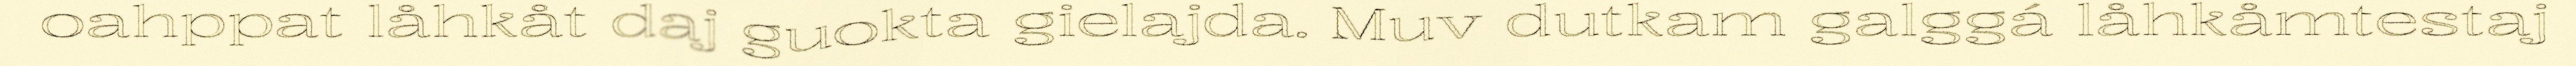
oahppat låhkåt daj guokta gielajda. Muv dutkam galggá låhkåmtestaj